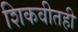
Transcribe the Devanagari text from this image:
शिकवीतही